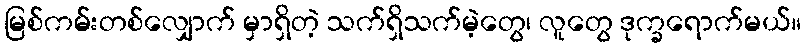
မြစ်ကမ်းတစ်လျှောက် မှာရှိတဲ့ သက်ရှိသက်မဲ့တွေ၊ လူတွေ ဒုက္ခရောက်မယ်။